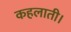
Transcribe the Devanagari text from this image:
कहलाती।